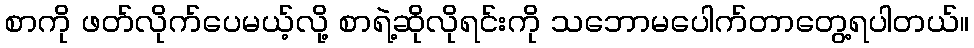
စာကို ဖတ်လိုက်ပေမယ့်လို့ စာရဲ့ဆိုလိုရင်းကို သဘောမပေါက်တာတွေ့ရပါတယ်။